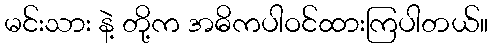
မင်းသား နဲ့ တို့က အဓိကပါဝင်ထားကြပါတယ်။